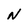
Character: N